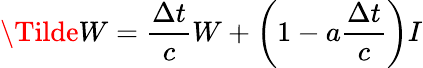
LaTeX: \Tilde{W}=\frac{\Delta t}{c}W+\left(1-a\frac{\Delta t}{c}\right)I